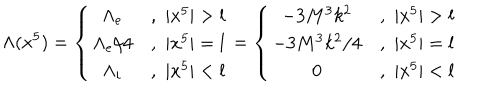
\Lambda ( x ^ { 5 } ) = \left\{ \begin{array} { c c } { { \Lambda _ { e } } } & { { , \, \, | x ^ { 5 } | > l } } \\ { { \Lambda _ { e } / 4 } } & { { , \, \, | x ^ { 5 } | = l } } \\ { { \Lambda _ { i } } } & { { , \, \, | x ^ { 5 } | < l } } \\ \end{array} \right. = \left\{ \begin{array} { c c } { { - 3 M ^ { 3 } k ^ { 2 } } } & { { , \, \, | x ^ { 5 } | > l } } \\ { { - 3 M ^ { 3 } k ^ { 2 } / 4 } } & { { , \, \, | x ^ { 5 } | = l } } \\ { { 0 } } & { { , \, \, | x ^ { 5 } | < l } } \\ \end{array} \right.